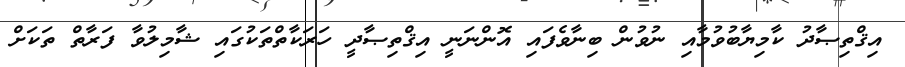
އިޤްތިޞާދު ކާމިޔާބުވުމާއި ނުވުން ބިނާވެފައި އޮންނަނީ އިޤްތިޞާދީ ހަރަކާތްތަކުގައި ޝާމިލުވާ ފަރާތް ތަކަށް